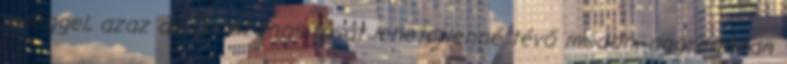
jelleggel, azaz az Ön azonosítását lehetetlenné tévő módon, aggregáltan